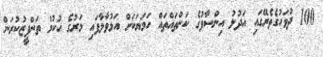
100 ދުވަހުގެތެރޭގައި އަދުލު އިންސާފުގެ ކަންތައްތައް ހަމަޔަކަށް އަޅުވާލާފައި މަރުގެ ހުކުމް ތަންފީޒުކުރަން